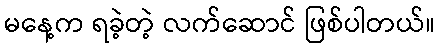
မနေ့က ရခဲ့တဲ့ လက်ဆောင် ဖြစ်ပါတယ်။